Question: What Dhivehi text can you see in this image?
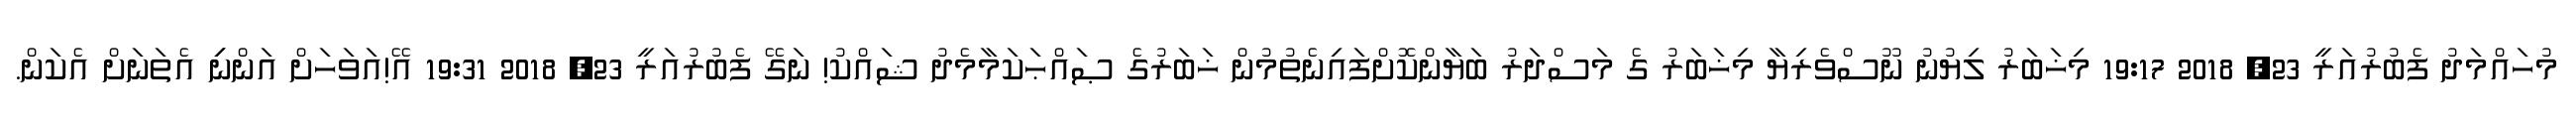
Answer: މުހައްމަދު ފެބުރުއަރީ 23, 2018 19:17 މިޚަބަރު ލިޔުނު ނޫސްވެރިޔާ މިޚަބަރު ގެ މަސްދަރު ބަޔާންކޮށްފައިނެތުމުން ޚަބަރުގެ ޞައްޙަކަމާމެދު ޝައްކު! ނަގޭ ފެބުރުއަރީ 23, 2018 19:31 އޭ!އަވަހަށް އަންނިި އެތަނަށް އެކަން.